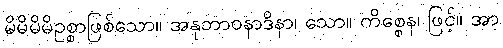
မိမိမိမိဥစ္စာဖြစ်သော။ အနုဘာဝနာဒိနာ၊ သော။ ကိစ္စေန၊ ဖြင့်။ အာ